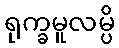
ရုက္ခမူလမ္ပိ